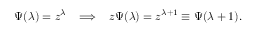
\Psi ( \lambda ) = z ^ { \lambda } \; \; \; \Longrightarrow \; \; \; z \Psi ( \lambda ) = z ^ { \lambda + 1 } \equiv \Psi ( \lambda + 1 ) .